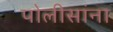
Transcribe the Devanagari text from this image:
पोलीसांना